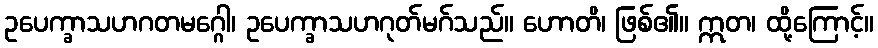
ဥပေက္ခာသဟဂတမဂ္ဂေါ၊ ဥပေက္ခာသဟဂုတ်မဂ်သည်။ ဟောတိ၊ ဖြစ်၏။ ဣတ၊ ထို့ကြောင့်။